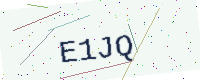
Text: E1JQ